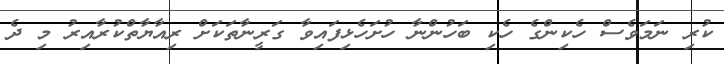
ކުރި ނަމަވެސް ހެކިންގެ ހެކި ބަހުންނާ ހުށަހެޅިފައިވާ ގަރީނާތަކަށް ރިއާޔާތްކުރާއިރު މި ދެ